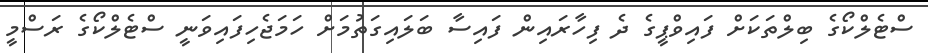
ސްޓެލްކޯގެ ބިލްތަކަށް ފައިވްޕީގެ ދެ ފިހާރައިން ފައިސާ ބަލައިގަތުމަށް ހަމަޖެހިފައިވަނީ ސްޓެލްކޯގެ ރަސްމީ